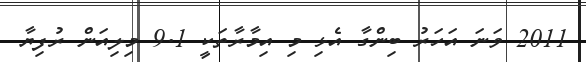
2011 ވަނަ އަހަރު ބިންގާ އެޅި މި އިމާރާތަކީ 9.1 މިލިއަން ރުފިޔާ